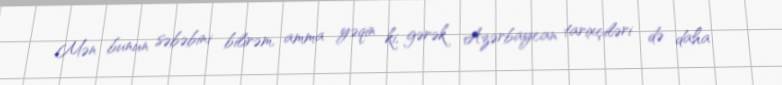
Mən bunun səbəbini bilirəm, amma yəqin ki, gərək Azərbaycan tarixçiləri də daha